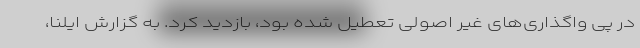
در پی واگذاری‌های غیر اصولی تعطیل شده بود، بازدید کرد. به گزارش ایلنا،